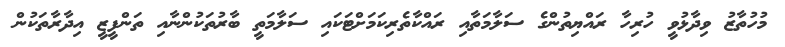
މުހުތާޒު ވިދާޅުވީ ހުރިހާ ރައްޔިތުންގެ ސަލާމަތާއި ރައްކާތެރިކަމަށްޓަކައި ސަލާމަތީ ބާރުތަކުންނާއި ތަންފީޒީ އިދާރާތަކުން